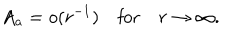
A _ { a } = o ( r ^ { - 1 } ) \quad \mathrm { f o r } \quad r \to \infty .